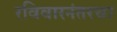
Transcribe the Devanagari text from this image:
रविवारनंतरचा